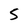
Character: S